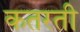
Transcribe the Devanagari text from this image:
कतरती